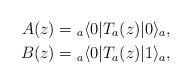
LaTeX: \begin{align*}A(z)={}_a \langle 0|T_{a}(z)|0 \rangle_{a}, \\B(z)={}_a \langle 0|T_{a}(z)|1 \rangle_{a}, \end{align*}